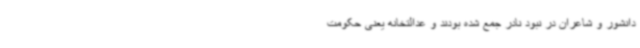
دانشور و شاعران در نبود نادر جمع شده بودند و عدالتخانه یعنی حکومت